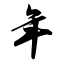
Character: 年